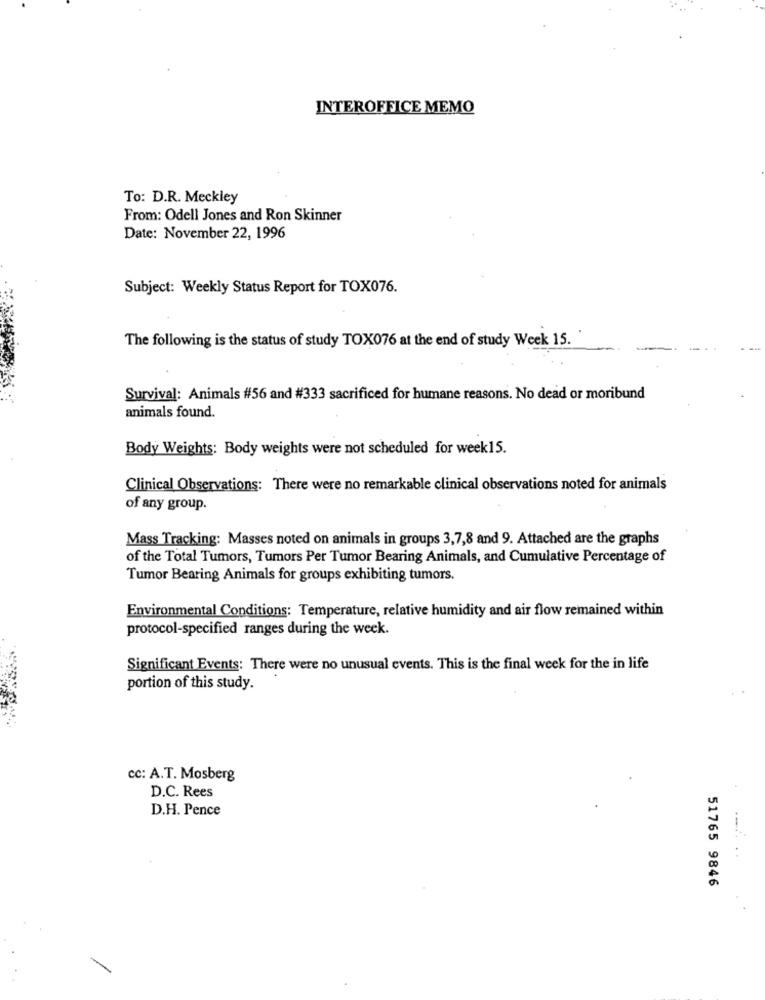
INTEROFFICE MEMO
To: D.R. Meckley
From: Odell Jones and Ron Skinner
Date: November 22, 1996
Subject: Weekly Status Report for TOX076.
The following is the status of study TOX076 at the end of study Week 15.
Survival: Animals #56 and #333 sacrificed for humane reasons. No dead or moribund
animals found.
Body Weights: Body weights were not scheduled for week15.
Clinical Observations: There were no remarkable clinical observations noted for animals
of any group.
Mass Tracking: Masses noted on animals in groups 3,7,8 and 9. Attached are the graphs
of the Total Tumors, Tumors Per Tumor Bearing Animals, and Cumulative Percentage of
Tumor Bearing Animals for groups exhibiting tumors.
Environmental Conditions: Temperature, relative humidity and air flow remained within
protocol-specified ranges during the week.
Significant Events: There were no unusual events. This is the final week for the in life
portion of this study.
cc: A.T. Mosberg
D.C. Rees
D.H. Pence
51765 9846